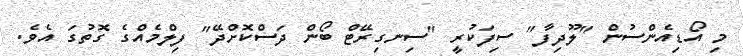
މި އޯޑިއެންސުން "ލޫދިފާ" ސިފަކުރީ "ސިނގިރޭޓް ބޯން ދަސްކޮށްދޭ" ފިލްމެއްގެ ގޮތުގަ އެވެ.